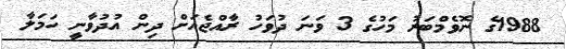
1988ގެ ނޮވެމްބަރު މަހުގެ 3 ވަނަ ދުވަހު ރާއްޖެއަށް ދިން އުދުވާނީ ހަމަލާ